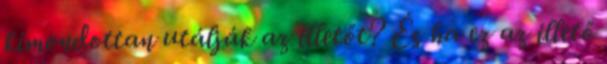
kimondottan utálják az illetőt? És ha ez az illető